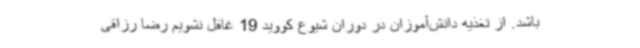
باشد. از تغذیه دانش‌آموزان در دوران شیوع کووید 19 غافل نشویم رضا رزاقی